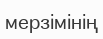
мерзімінің